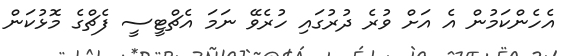
އެހެންކަމުން އެ އަށް ވުރެ ދުރުގައި ހުރެވޭ ނަމަ އެޗްޓީސީ ފެޗްގެ މޮޅުކަން